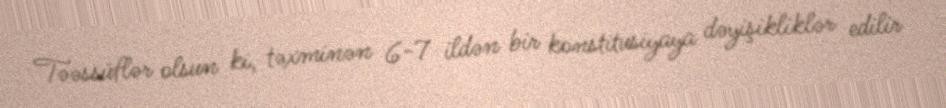
Təəssüflər olsun ki, təxminən 6-7 ildən bir konstitusiyaya dəyişikliklər edilir